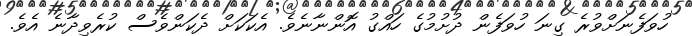
ހުވަފެނަށްވުރެ ގިނަ ހުވަފެން ދުށުމުގެ ހައްގު އޮންނާނެވެ. އެކަކަށް ދެކަންވެސް ކުރެވިދާނެ އެވެ.